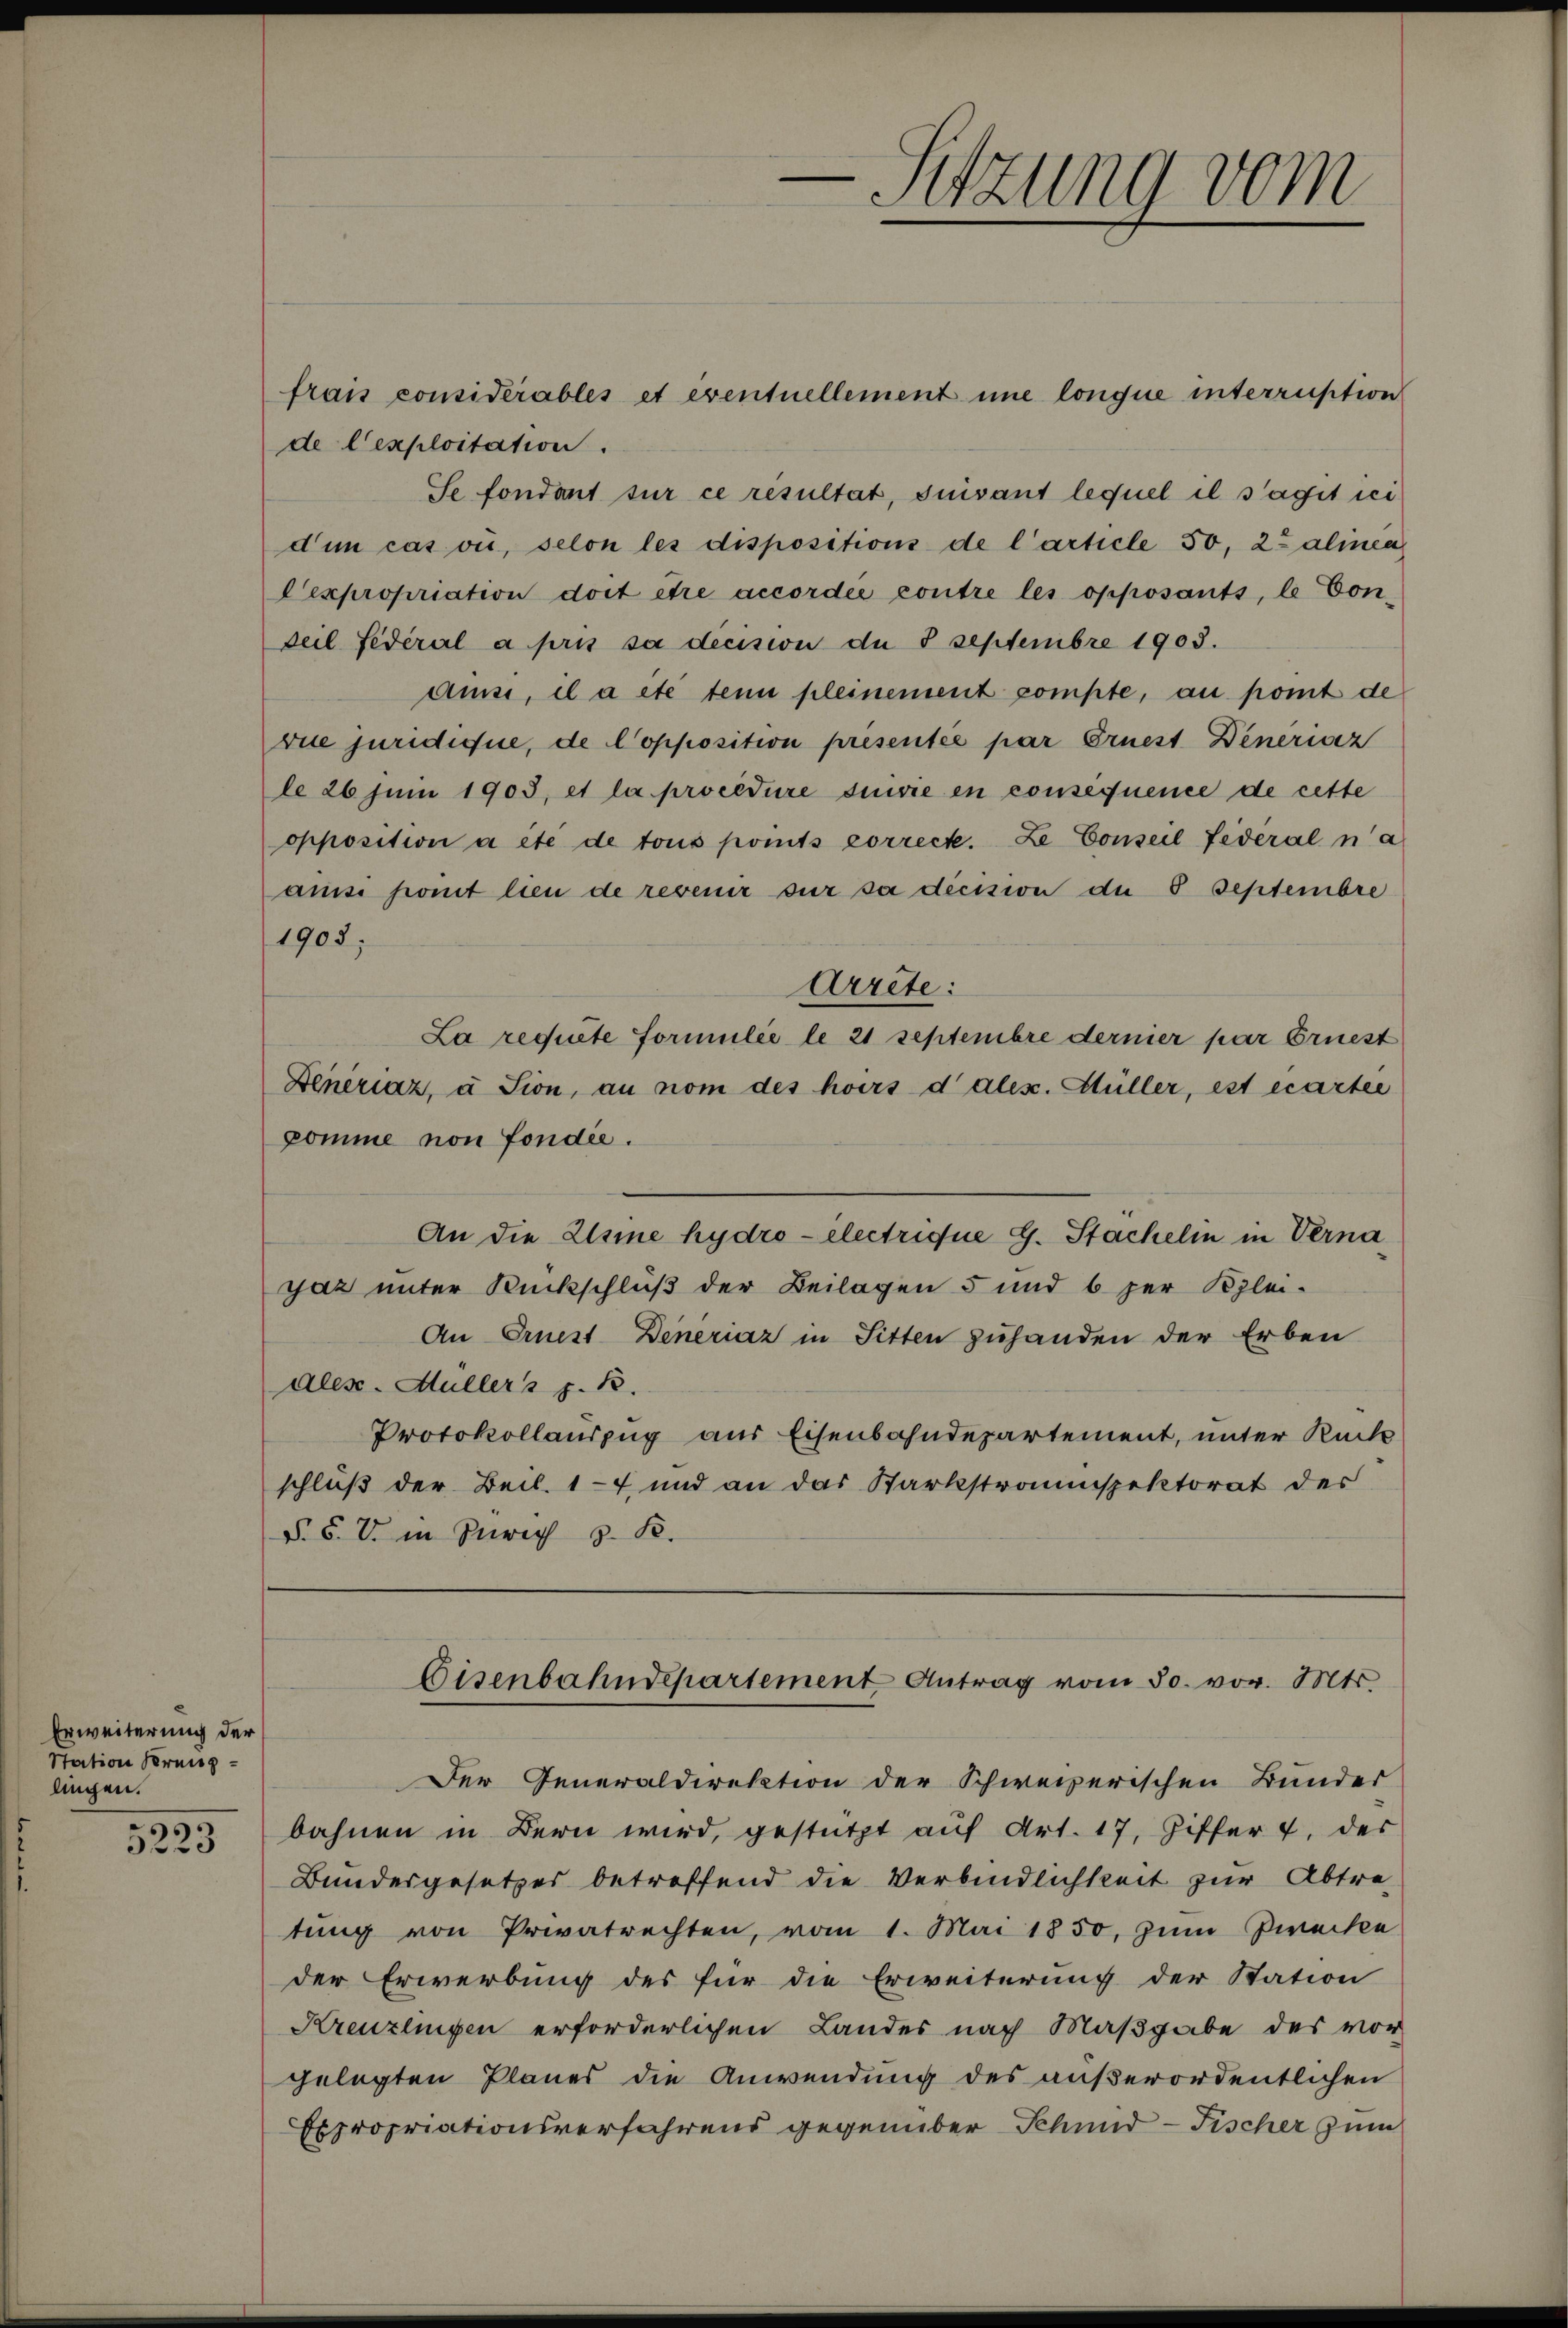
Erweiterung der
Station Krung
lingen.

5223

frais considérables et eventuellement une longue interruption
de Cexploitation.
Se fondant sur ce résultat, suivant lequel il s’agit ici
dum cas où, selon les dispositions de l’article 50, 22 alinea
Cexpropriation doit être accordée contre les opposants, le von
Teil fédéral a pris sa decision de 3 Septembre 1903.
ausi, il a etc tenn pleinement sompte, au pomt de
vue juridique, de Copposition presentée par Ernest Dineriez
le 26 Juni 1903. et la procedure suivie en consequence de cette
opposition a etc de tous points correct. Le Conseil federal na
ais point lieu de revenir sur sa dicision die 8 Septembre
1905;
Arrete:
La requite Formulie le 21 septembre dernier par Ernest
Deneraz, à Sion, an nom des hoirs d alex. Hüller, est écartei
komme non fondée.
An die Elsine hydro electrique G. Stackelin in Verna
gaz unter Rückschluß der Beilagen 5 und 6 per Klei-
An Ernest Deneriaz in Sitten zuhanden der Erben
ales Müllers z. B.
Protokollauszug aus Eisenbahndepartement, unter Rück
schluß der Beil. 14 und an das Starkstraspektorat des
§. 5. V in Zürich z. B.

.
Sitzung vom
e

Der Generaldirektion der Schweizerischen Bunder
bahnen in Bern wird, gestützt auf Art. 17, Ziffer 7, der
Bundesgesetzes betreffend die Verbindlichkeit zur Abtretung von Privatrechten, vom 1. Mai 1850, zum Zwecke
der Erwerbung des für die Erweiterung der Station
Kreuzlingen erforderlichen Landes nach Maßgabe des vor
gelegten Planes die Anwendung des außerordentlichen
Expropriationsverfahrens gegenüber Schmid Fischer zum

Eisenbahndepartement Antrag vom 30. vor. Mts.